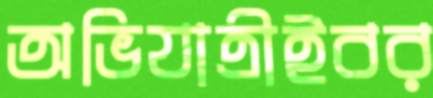
অভিযাত্রীইবর